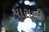
પારાલી